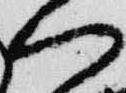
門